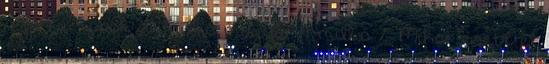
száma: török:20 millió magyar:4 millió 2. Mikor esett el